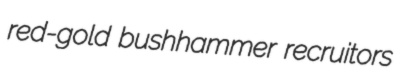
red-gold bushhammer recruitors